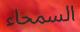
السمحاء